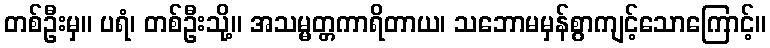
တစ်ဦးမှ။ ပရံ၊ တစ်ဦးသို့။ အသမ္မတ္တကာရိတာယ၊ သဘောမမှန်စွာကျင့်သောကြောင့်။